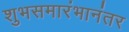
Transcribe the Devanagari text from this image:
शुभसमारंभानंतर